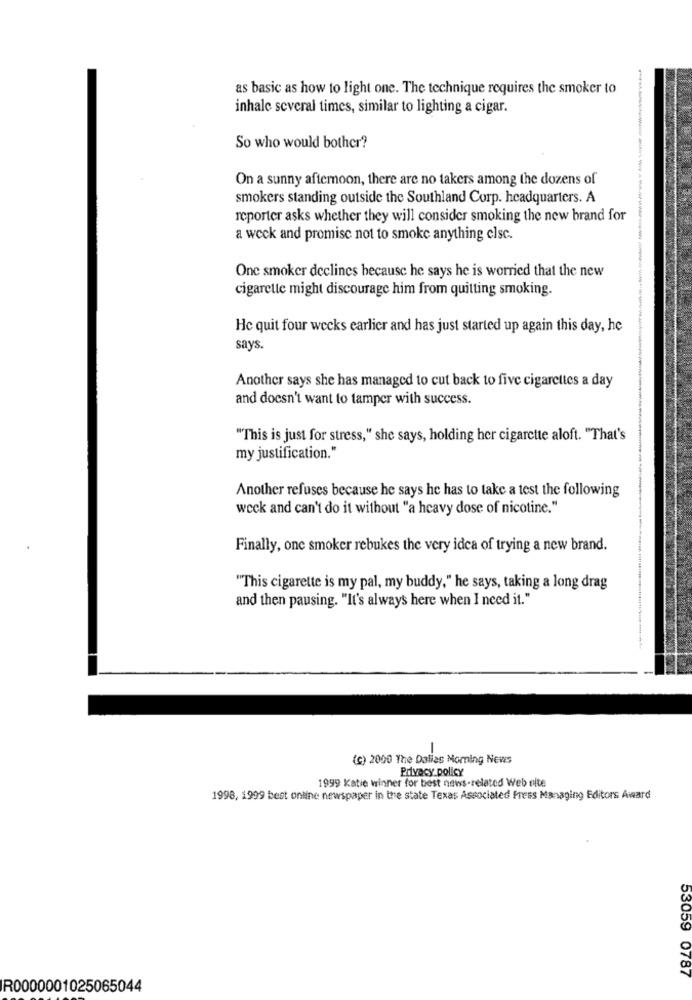
as basic as how to light one. The technique requires the smoker to
inhale several times, similar to lighting a cigar.
So who would bother?
On a sunny afternoon, there are no takers among the dozens of
smokers standing outside the Southland Corp. headquarters. A
reporter asks whether they will consider smoking the new brand for
a weck and promise not to smoke anything else.
One smoker declines because he says he is worried that the new
cigarette might discourage him from quitting smoking.
Hc quit four weeks earlier and has just started up again this day, he
says.
Another says she has managed to cut back to five cigarettes a day
and doesn't want to tamper with success.
""This is just for stress," she says, holding her cigarette aloft. "That's
my justification."
Another refuses because he says he has to take a test the following
week and can't do it without "a heavy dose of nicotine."
Finally, one smoker rebukes the very idea of trying a new brand.
"This cigarette is my pal, my buddy," he says, taking a long drag
and then pausing. "It's always here when I need it."
(c) 2000 The Dallas Morning News
Privacy policy
1999 Katie winner for best news-related Web elte
1998, 1999 best online newspaper in the state Texas Associated Press Managing Editors Award
53059 0787
R0000001025065044